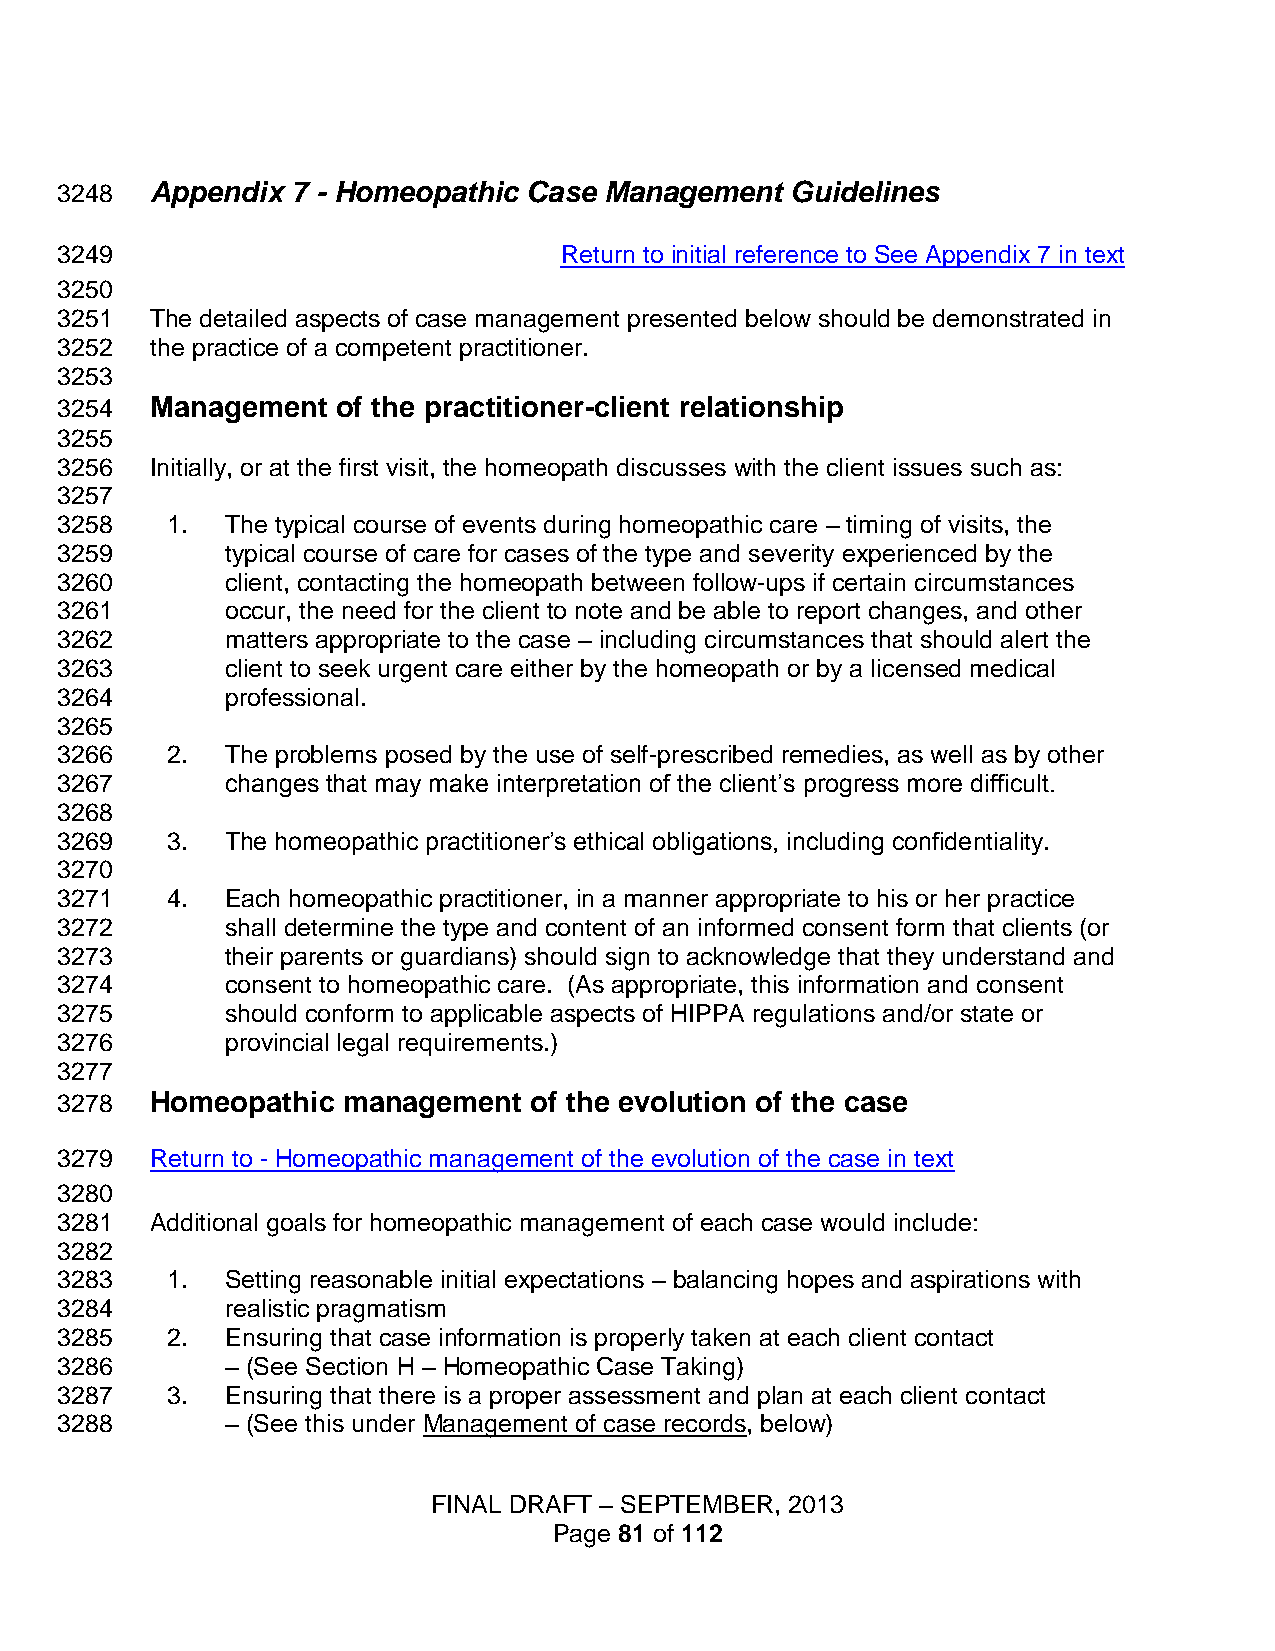
3248  Appendix 7 - Homeopathic Case Management  Guidelines
 3249                             Return to initial reference to See Appendix 7 in text
 3250
 3251  The detailed aspects of case management presented below should be demonstrated in
 3252  the practice of a competent practitioner.
 3253
 3254  Management  of the practitioner-client relationship
 3255
 3256  Initially, or at the first visit, the homeopath discusses with the client issues such as:
 3257
 3258   1.  The typical course of events during homeopathic care – timing of visits, the
 3259       typical course of care for cases of the type and severity experienced by the
 3260       client, contacting the homeopath between follow-ups if certain circumstances
 3261       occur, the need for the client to note and be able to report changes, and other
 3262       matters appropriate to the case – including circumstances that should alert the
 3263       client to seek urgent care either by the homeopath or by a licensed medical
 3264       professional.
 3265
 3266   2.  The problems posed by the use of self-prescribed remedies, as well as by other
 3267       changes that may make interpretation of the client’s progress more difficult.
 3268
 3269   3.  The homeopathic practitioner’s ethical obligations, including confidentiality.
 3270
 3271   4.  Each homeopathic practitioner, in a manner appropriate to his or her practice
 3272       shall determine the type and content of an informed consent form that clients (or
 3273       their parents or guardians) should sign to acknowledge that they understand and
 3274       consent to homeopathic care. (As appropriate, this information and consent
 3275       should conform to applicable aspects of HIPPA regulations and/or state or
 3276       provincial legal requirements.)
 3277
 3278  Homeopathic  management  of the evolution of the case
 3279  Return to - Homeopathic management of the evolution of the case in text
 3280
 3281  Additional goals for homeopathic management of each case would include:
 3282
 3283   1.  Setting reasonable initial expectations – balancing hopes and aspirations with
 3284       realistic pragmatism
 3285   2.  Ensuring that case information is properly taken at each client contact
 3286       – (See Section H – Homeopathic Case Taking)
 3287   3.  Ensuring that there is a proper assessment and plan at each client contact
 3288       – (See this under Management of case records, below)
 FINAL DRAFT – SEPTEMBER, 2013
 Page 81 of 112